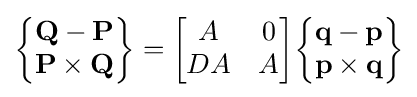
{\begin{Bmatrix}\mathbf {Q} -\mathbf {P} \\\mathbf {P} \times \mathbf {Q} \end{Bmatrix}}={\begin{bmatrix}A&0\\DA&A\end{bmatrix}}{\begin{Bmatrix}\mathbf {q} -\mathbf {p} \\\mathbf {p} \times \mathbf {q} \end{Bmatrix}}